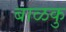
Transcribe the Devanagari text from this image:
बाळकु